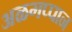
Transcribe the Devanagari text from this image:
अळगप्पान